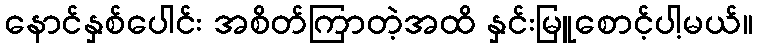
နောင်နှစ်ပေါင်း အစိတ်ကြာတဲ့အထိ နှင်းမြူစောင့်ပါ့မယ်။